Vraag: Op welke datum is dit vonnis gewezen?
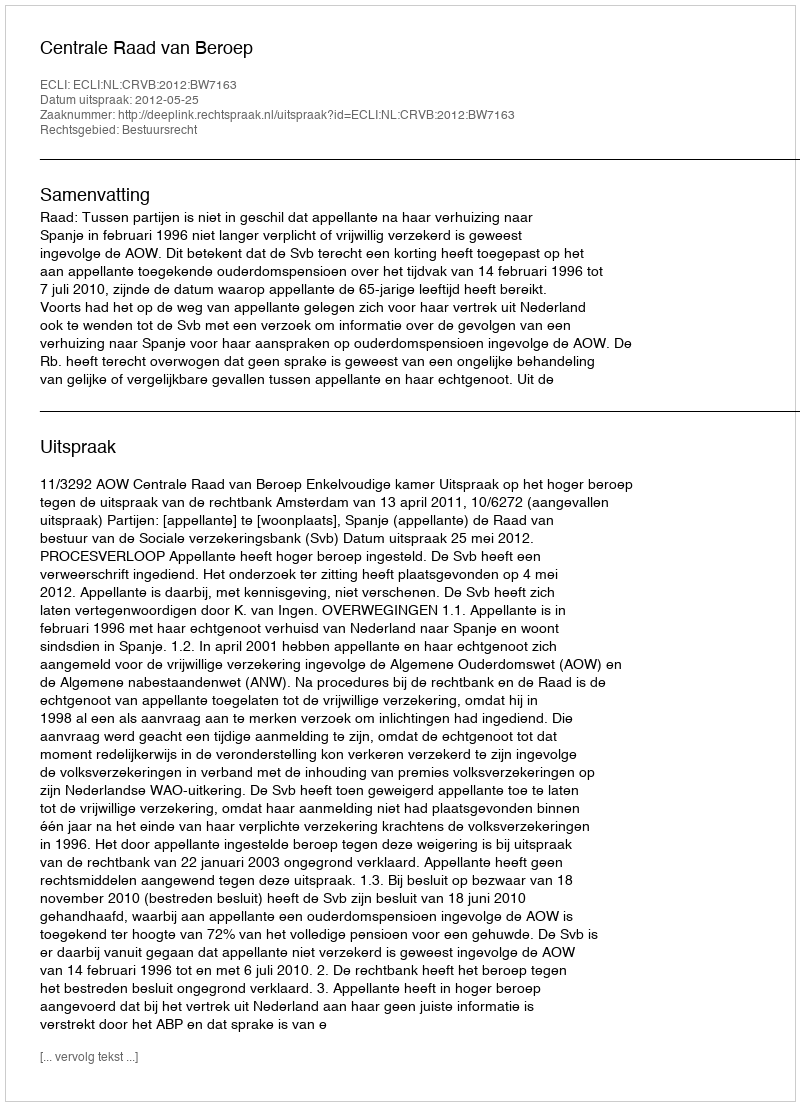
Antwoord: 2012-05-25